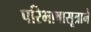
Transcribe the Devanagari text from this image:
परिभाषासूत्राने